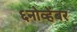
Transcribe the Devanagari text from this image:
६नोव्हेंबर